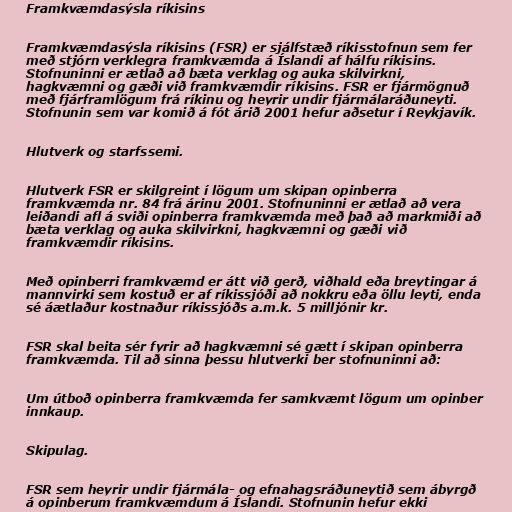
Framkvæmdasýsla ríkisins

Framkvæmdasýsla ríkisins (FSR) er sjálfstæð ríkisstofnun sem fer
með stjórn verklegra framkvæmda á Íslandi af hálfu ríkisins.
Stofnuninni er ætlað að bæta verklag og auka skilvirkni,
hagkvæmni og gæði við framkvæmdir ríkisins. FSR er fjármögnuð
með fjárframlögum frá ríkinu og heyrir undir fjármálaráðuneyti.
Stofnunin sem var komið á fót árið 2001 hefur aðsetur í Reykjavík.

Hlutverk og starfssemi.

Hlutverk FSR er skilgreint í lögum um skipan opinberra
framkvæmda nr. 84 frá árinu 2001. Stofnuninni er ætlað að vera
leiðandi afl á sviði opinberra framkvæmda með það að markmiði að
bæta verklag og auka skilvirkni, hagkvæmni og gæði við
framkvæmdir ríkisins.

Með opinberri framkvæmd er átt við gerð, viðhald eða breytingar á
mannvirki sem kostuð er af ríkissjóði að nokkru eða öllu leyti, enda
sé áætlaður kostnaður ríkissjóðs a.m.k. 5 milljónir kr.

FSR skal beita sér fyrir að hagkvæmni sé gætt í skipan opinberra
framkvæmda. Til að sinna þessu hlutverki ber stofnuninni að:

Um útboð opinberra framkvæmda fer samkvæmt lögum um opinber
innkaup.

Skipulag.

FSR sem heyrir undir fjármála- og efnahagsráðuneytið sem ábyrgð
á opinberum framkvæmdum á Íslandi. Stofnunin hefur ekki